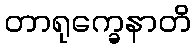
တာရုက္ခေနာတိ